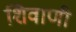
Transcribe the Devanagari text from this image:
शिवाणी